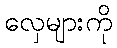
လှေများကို